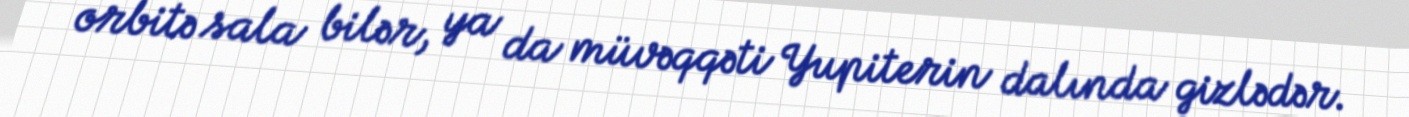
orbitə sala bilər, ya da müvəqqəti Yupiterin dalında gizlədər.